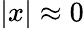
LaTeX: |x|\approx 0